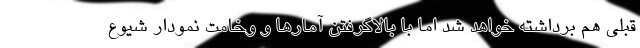
قبلی هم برداشته خواهد شد اما با بالاگرفتن آمارها و وخامت نمودار شیوع